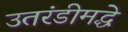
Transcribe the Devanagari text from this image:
उतरंडीमद्धे